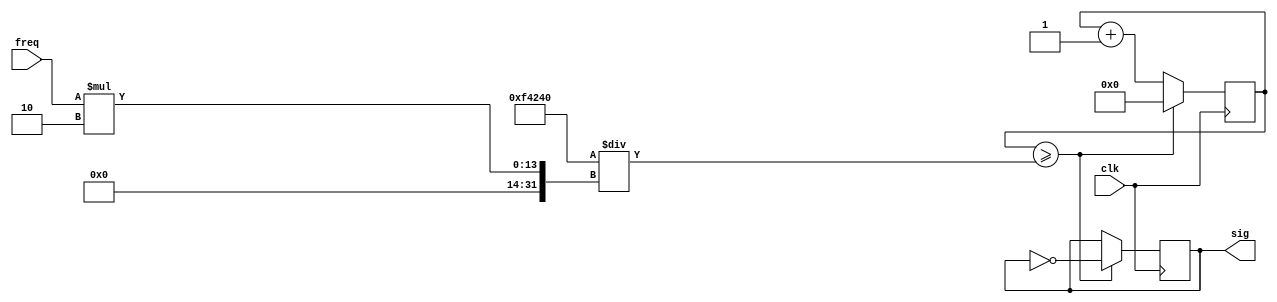
`timescale 1ns / 1ps

// Module for generating a square wave
module osc_square(freq, clk, sig);
    input [11:0] freq;
    input clk;          // 1MHz clock
    output [15:0] sig;  // Square wave signal
    
    reg [15:0] sig;
    reg [31:0] cycleCount;      // Time in clock cycles
    reg [31:0] sigHalfPeriod;
    
    initial begin
        // Initialize signal at default positive maginitude
        sig <= 16'b0000111111111111;
        cycleCount <= 0;
        // Initialize the half-period of the waveform to correspond to a
        // frequency of 440Hz
        sigHalfPeriod <= 1000000 / (440 * 2);
    end
    
    always @(posedge clk)
    begin
        // Flip the signal at every half-period
        if (cycleCount >= sigHalfPeriod) begin
            sig <= ~sig;
            cycleCount <= 0;
        end
        else begin
            cycleCount <= cycleCount + 1;
        end
    end
    
    // Recalculate the period whenever the user changes the frequency to play
    always @(freq)
    begin
        sigHalfPeriod = 1000000 / (freq * 2);
    end
    
endmodule